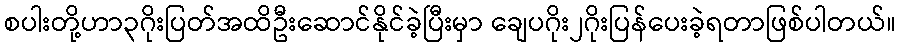
စပါးတို့ဟာ၃ဂိုးပြတ်အထိဦးဆောင်နိုင်ခဲ့ပြီးမှာ ချေပဂိုး၂ဂိုးပြန်ပေးခဲ့ရတာဖြစ်ပါတယ်။